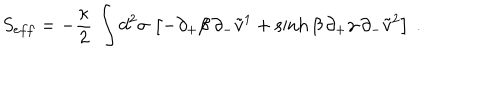
LaTeX: S _ { e f f } = - { \frac { \kappa } { 2 } } \, \int d ^ { 2 } \sigma \, \left[ - \partial _ { + } \beta \, \partial _ { - } \tilde { v } ^ { 1 } + \sinh \beta \, \partial _ { + } \gamma \, \partial _ { - } \tilde { v } ^ { 2 } \right] \ .